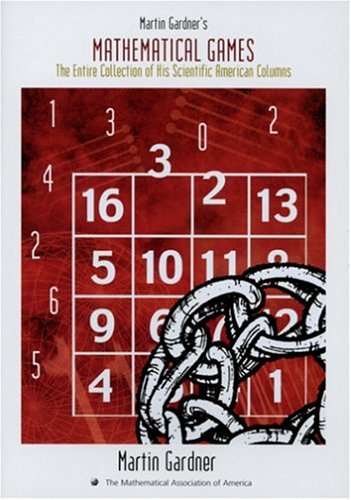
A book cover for Martin Gardner's Mathematical Games; Martin Gardner; Humor & Entertainment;